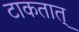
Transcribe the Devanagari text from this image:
टाकतात्